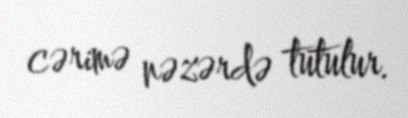
cərimə nəzərdə tutulur.